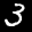
Label: 3